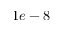
1 e - 8